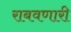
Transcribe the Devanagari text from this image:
राबवणारी